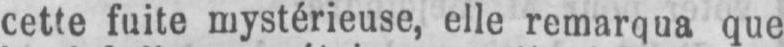
cette fuite mystérieuse, elle remarqua que